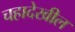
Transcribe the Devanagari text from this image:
चहादेखील